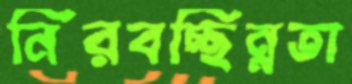
নিরবচ্ছিন্নতা